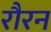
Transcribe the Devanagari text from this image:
रौरन